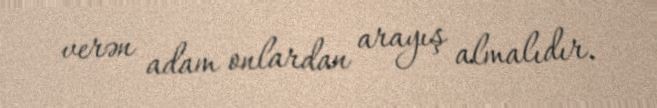
verən adam onlardan arayış almalıdır.